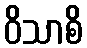
ဝိသာစိ